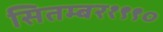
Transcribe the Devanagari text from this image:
सितम्बर१९९०